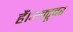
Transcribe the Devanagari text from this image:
हैं।अक्टूबर